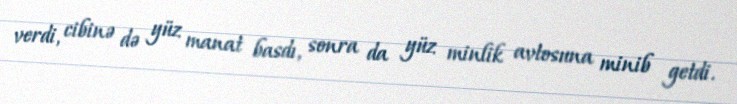
verdi, cibinə də yüz manat basdı, sonra da yüz minlik avtosuna minib getdi.